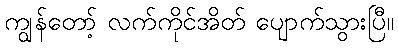
ကျွန်တော့် လက်ကိုင်အိတ် ပျောက်သွားပြီ။